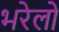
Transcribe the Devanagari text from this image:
भरेलो